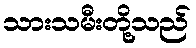
သားသမီးတို့သည်